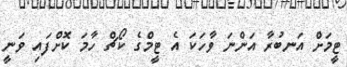
ޓީމަށް އަނބުރާ އަންނަ ވާހަކަ އެ ޓީމްގެ ކޯޗް ހާމަ ކޮށްފައި ވަނީ